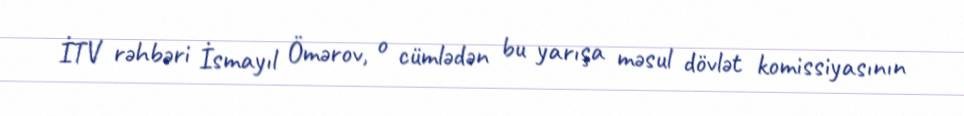
İTV rəhbəri İsmayıl Ömərov, o cümlədən bu yarışa məsul dövlət komissiyasının